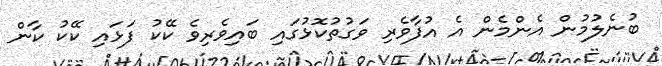
ބުނެލުމުން އެންމެން އެ އުފާވެރި ވަގުތުކޮޅުގައި ބައިވެރިވެ ކޭކު ފަޅައި ކޭކު ކާން